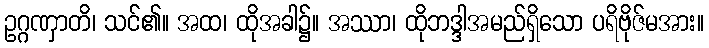
ဥဂ္ဂဏှာတိ၊ သင်၏။ အထ၊ ထိုအခါ၌။ အဿာ၊ ထိုဘဒ္ဒါအမည်ရှိသော ပရိဗိုဇ်မအား။